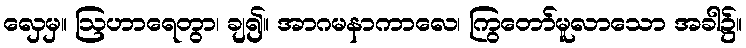
လှေမှ။ ဩဟာရေတွာ၊ ချ၍။ အာဂမနာကာလေ၊ ကြွတော်မူလာသော အခါ၌။